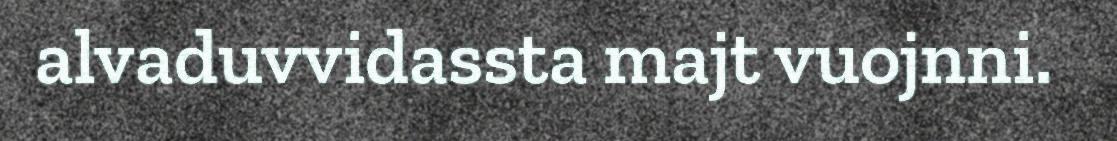
alvaduvvidassta majt vuojnni.